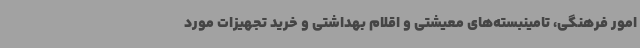
امور فرهنگی، تامینبسته‌های معیشتی و اقلام بهداشتی و خرید تجهیزات مورد